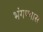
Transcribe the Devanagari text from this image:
भंगण्यास